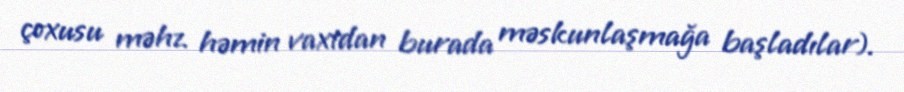
çoxusu məhz həmin vaxtdan burada məskunlaşmağa başladılar).